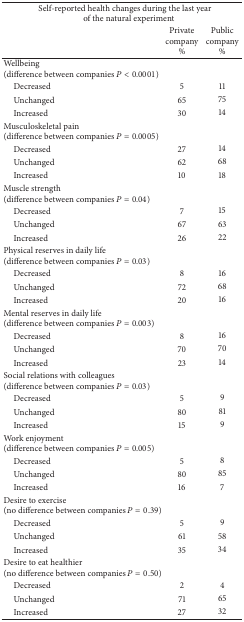
<table><thead><tr><td colspan="3"><b>Self-reported health changes during the last year of the natural experiment</b></td></tr><tr><td><b> </b></td><td><b>Private company %</b></td><td><b>Public company %</b></td></tr></thead><tbody><tr><td>Wellbeing (difference between companies <i>P</i> &lt; 0.0001)</td><td> </td><td> </td></tr><tr><td> Decreased</td><td>5</td><td>11</td></tr><tr><td> Unchanged</td><td>65</td><td>75</td></tr><tr><td> Increased</td><td>30</td><td>14</td></tr><tr><td>Musculoskeletal pain (difference between companies <i>P</i> = 0.0005)</td><td> </td><td> </td></tr><tr><td> Decreased</td><td>27</td><td>14</td></tr><tr><td> Unchanged</td><td>62</td><td>68</td></tr><tr><td> Increased</td><td>10</td><td>18</td></tr><tr><td>Muscle strength (difference between companies <i>P</i> = 0.04)</td><td> </td><td> </td></tr><tr><td> Decreased</td><td>7</td><td>15</td></tr><tr><td> Unchanged</td><td>67</td><td>63</td></tr><tr><td> Increased</td><td>26</td><td>22</td></tr><tr><td>Physical reserves in daily life (difference between companies <i>P</i> = 0.03)</td><td> </td><td> </td></tr><tr><td> Decreased</td><td>8</td><td>16</td></tr><tr><td> Unchanged</td><td>72</td><td>68</td></tr><tr><td> Increased</td><td>20</td><td>16</td></tr><tr><td>Mental reserves in daily life(difference between companies <i>P</i> = 0.003)</td><td> </td><td> </td></tr><tr><td> Decreased</td><td>8</td><td>16</td></tr><tr><td> Unchanged</td><td>70</td><td>70</td></tr><tr><td> Increased</td><td>23</td><td>14</td></tr><tr><td>Social relations with colleagues (difference between companies <i>P</i> = 0.03)</td><td> </td><td> </td></tr><tr><td> Decreased</td><td>5</td><td>9</td></tr><tr><td> Unchanged</td><td>80</td><td>81</td></tr><tr><td> Increased</td><td>15</td><td>9</td></tr><tr><td>Work enjoyment (difference between companies <i>P</i> = 0.005)</td><td> </td><td> </td></tr><tr><td> Decreased</td><td>5</td><td>8</td></tr><tr><td> Unchanged</td><td>80</td><td>85</td></tr><tr><td> Increased</td><td>16</td><td>7</td></tr><tr><td>Desire to exercise (no difference between companies <i>P</i> = 0.39)</td><td> </td><td> </td></tr><tr><td> Decreased</td><td>5</td><td>9</td></tr><tr><td> Unchanged</td><td>61</td><td>58</td></tr><tr><td> Increased</td><td>35</td><td>34</td></tr><tr><td>Desire to eat healthier (no difference between companies <i>P</i> = 0.50)</td><td> </td><td> </td></tr><tr><td> Decreased</td><td>2</td><td>4</td></tr><tr><td> Unchanged</td><td>71</td><td>65</td></tr><tr><td> Increased</td><td>27</td><td>32</td></tr></tbody></table>